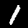
Digit: 1